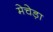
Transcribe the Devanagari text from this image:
मेचेड़ा